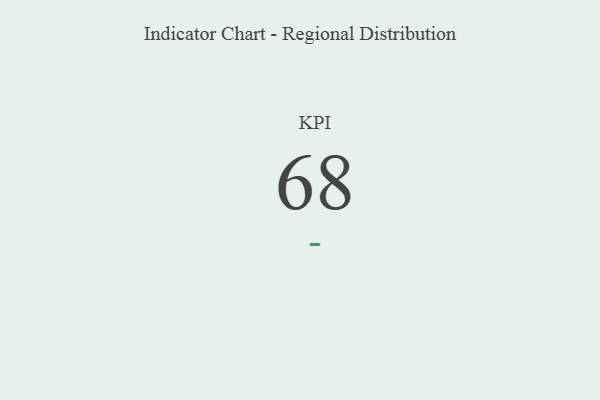
{"axis": {"x": "KPI", "y": "Value"}, "legend": [""], "data": [{"x": "KPI", "y": 68, "type": ""}]}